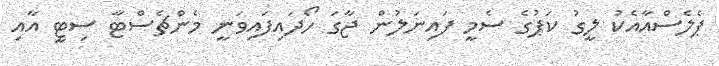
ޕެލެސްއާއެކު ލީގު ކަޕުގެ ސެމީ ފައިނަލުން ޖާގަ ހޯދައިފައިވަނީ މެންޗެސްޓާ ސިޓީ އާއި